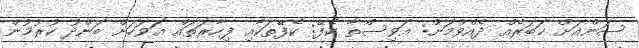
ސަންއަށް ޚަބަރެއް ދެއްވުމަށް: އަވިސްތާ ކެފޭ: ކެފޭތަކާއި ފިހާރަތައް އަވަހަށް ބަންދު ކުރުމުން